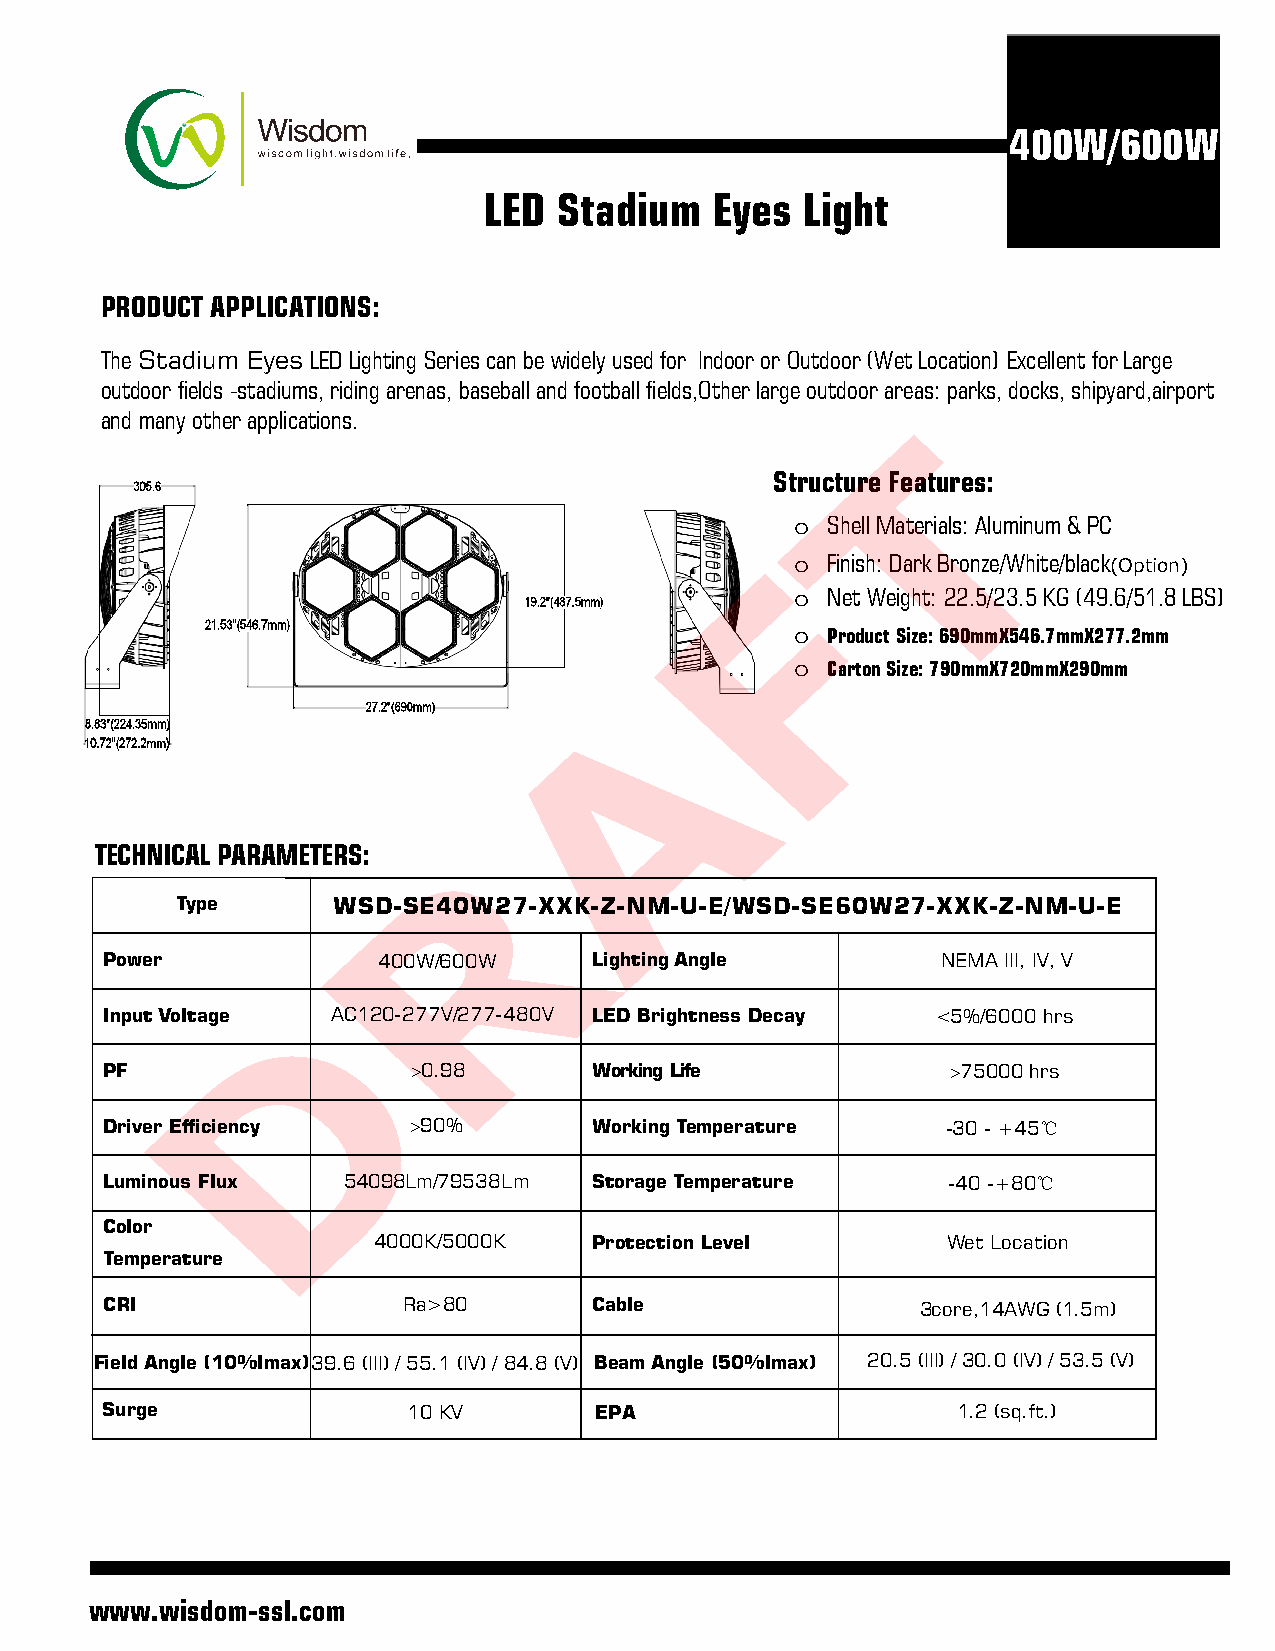
400W/600W
 LED  Stadium   Eyes  Light
 PRODUCT APPLICATIONS:
 The Stadium Eyes LED Lighting Series can be widely used for Indoor or Outdoor (Wet Location) Excellent for Large
 outdoor fields -stadiums, riding arenas, baseball and football fields,Other large outdoor areas: parks, docks, shipyard,airport
 and many other applications.
 T
 Structure Features:
 o Shell Materials: Aluminum & PC
 Fo   Finish: Dark Bronze/White/black(Option)
 o Net Weight: 22.5/23.5 KG (49.6/51.8 LBS)
 o Product Size: 690mmX546.7mmX277.2mm
 o Carton Size: 790mmX720mmX290mm
 A
 TECHNICAL PARAMETERS:    R
 Type      WSD-SE40W27-XXK-Z-NM-U-E/WSD-SE60W27-XXK-Z-NM-U-E
 Power             400W/600W     Lighting Angle         NEMA III, IV, V
 D
 Input Voltage  AC120-277V/277-480V LED Brightness Decay <5%/6000 hrs
 PF                  >0.98       Working Life            >75000 hrs
 Driver Efficiency   >90%        Working Temperature     -30 - +45℃
 Luminous Flux   54098Lm/79538Lm Storage Temperature     -40 -+80℃
 Color
 4000K/5000K   Protection Level        Wet Location
 Temperature
 CRI                 Ra>80       Cable                 3core,14AWG (1.5m)
 Field Angle (10%Imax) 39.6 (III) / 55.1 (IV) / 84.8 (V) Beam Angle (50%Imax) 20.5 (III) / 30.0 (IV) / 53.5 (V)
 Surge               10 KV       EPA                     1.2 (sq.ft.)
 www.wisdom-ssl.com